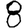
Digit: 8